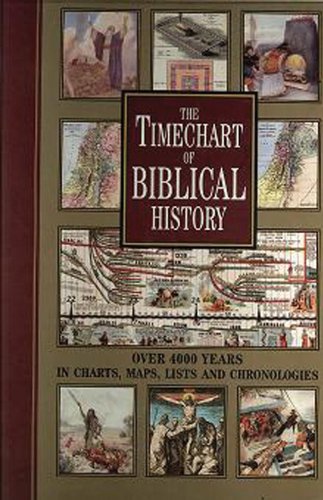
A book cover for The Timechart of Biblical History: Over 4000 Years in Charts, Maps, Lists and Chronologies (Timechart series); Chartwell Books; Christian Books & Bibles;